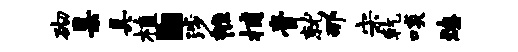
砌臬具植。涉帷捕膏就那宋乾啖燎